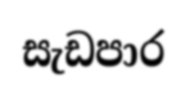
සැඩපාර